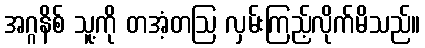
အဂ္ဂနိစ် သူ့ကို တအံ့တဩ လှမ်းကြည့်လိုက်မိသည်။